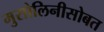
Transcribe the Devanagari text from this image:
मुसोलिनीसोबत